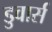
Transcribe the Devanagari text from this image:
डुवार्स